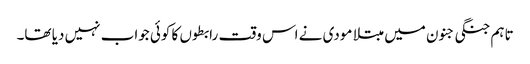
تاہم جنگی جنون میں مبتلا مودی نے اس وقت رابطوں کا کوئی جواب نہیں دیا تھا۔